Civil Veterinary Department. Central Provinces & Berar 1932-41 - 1932-1941
Year: 1932
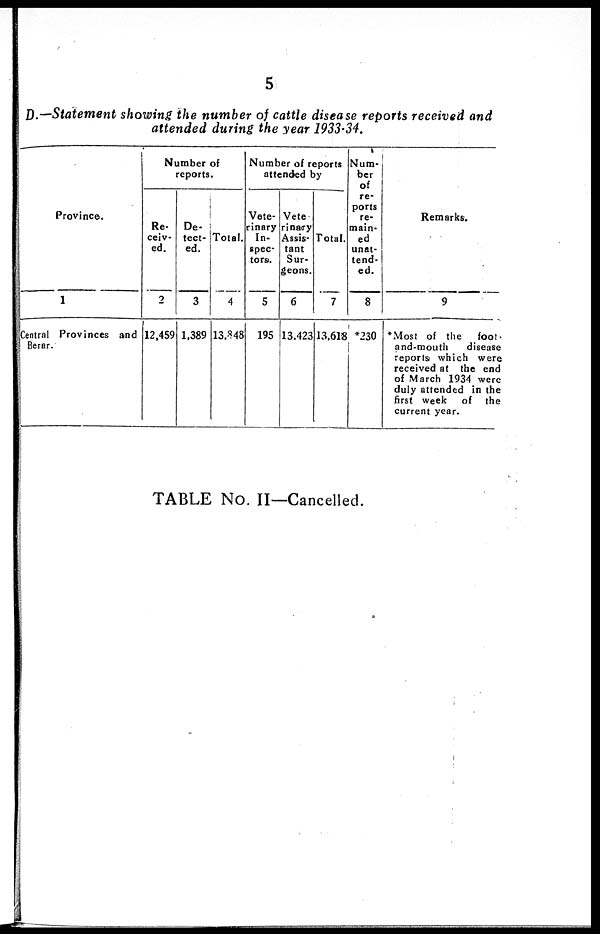
5
D.—Statement showing the number of cattle disease reports received and
attended during the year 1933-34.
Province.
1
Central Provinces and
Berar.
Number of
reports.
Re-
ceiv-
ed.
2
12,459
De-
tect-
ed.
3
1,389
Total.
4
13,848
Number of reports
attended by
Vete-
rinary
In-
spec-
tors.
5
195
Vete
rinairy
Assis-
tant
Sur-
geons.
6
13,423
Total.
7
13,618
Num-
ber
of
re-
ports
re-
main-
ed
unat-
tend-
ed.
8
*230
Remarks.
9
*Most of the
foot-
and-mouth
disease
reports which were
received at the end
of March 1934 were
duly attended in the
first week of the
current year.
TABLE No. II—Cancelled.